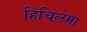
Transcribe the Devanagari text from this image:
हिचिलेमा